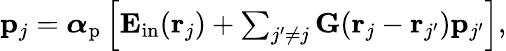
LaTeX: \begin{array}{r}{\mathbf p_{j}=\boldsymbol\alpha_{\mathrm{p}}\left[\mathbf E_{\mathrm{in}}(\mathbf r_{j})+\sum_{j^{\prime}\neq j}\mathbf G(\mathbf r_{j}-\mathbf r_{j^{\prime}})\mathbf p_{j^{\prime}}\right],}\end{array}